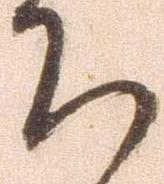
ち